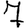
Digit: 7